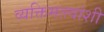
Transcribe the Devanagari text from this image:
व्यक्तिमत्त्वांशी